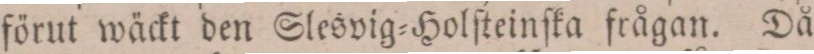
förut wäckt den Slesvig=Holſteinſka frågan. Då